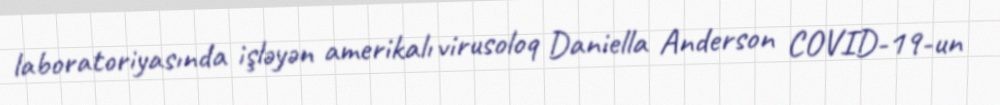
laboratoriyasında işləyən amerikalı virusoloq Daniella Anderson COVID-19-un